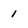
Character: 1